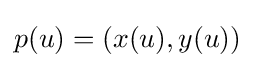
p(u)=(x(u),y(u))